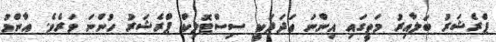
ޕްރެޝަރު ބަލާއިރު މަތީގައި އިންނަ ޢަދަދަކީ ސިސްޓޮލިކް ޕްރެޝަރު ހުންނަ ވަރެވެ. އާންމު